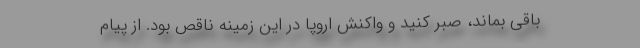
باقی بماند، صبر کنید و واکنش اروپا در این زمینه ناقص بود. از پیام